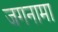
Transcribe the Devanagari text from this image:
जगनामा